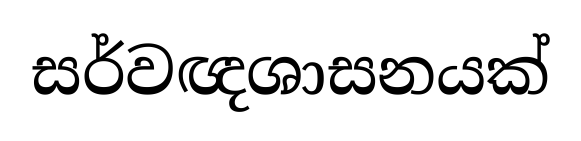
සර්වඥශාසනයක්